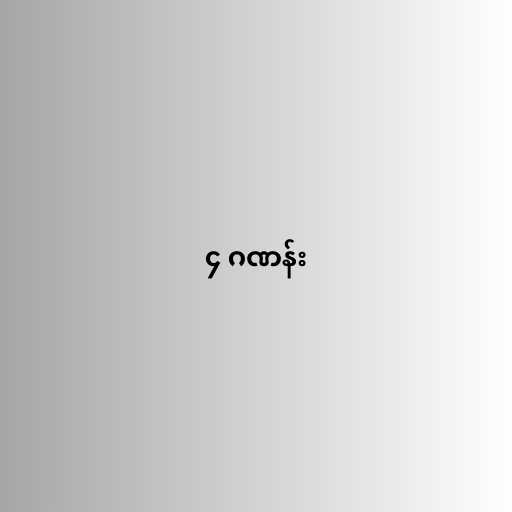
၄ ဂဏန်း